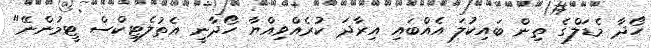
ހޯދާ މެޑަލްގެ ތިން ބައިކުލަ އެއްބައި އިރާދަ ކުރެއްވިއްޔާ ހޯދާނީ އެތުލެޓިކްސް ޓީމުންނޭ"